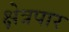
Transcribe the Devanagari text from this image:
क्षेत्रपार